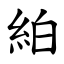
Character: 絈